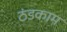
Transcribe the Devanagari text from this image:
ठंडकाम